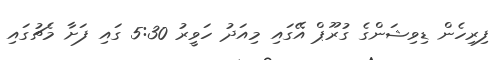
ފިރިހެން ޑިވިޝަންގެ ގުރޫޕް އޭގައި މިއަދު ހަވީރު 5:30 ގައި ފަށާ މެޗުގައި